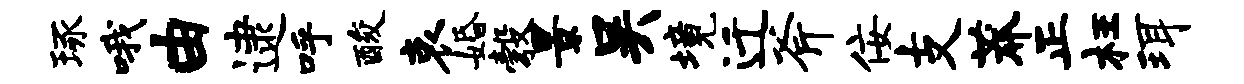
琢哦由逮呼酸哀婚彀景吴境迁斧佞支莽正枉珥